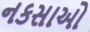
નકસાઓ